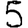
Digit: 5